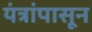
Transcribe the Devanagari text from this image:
यंत्रांपासून